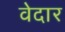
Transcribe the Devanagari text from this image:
वेदार